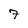
Character: 7